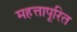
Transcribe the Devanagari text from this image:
महत्तापूरित